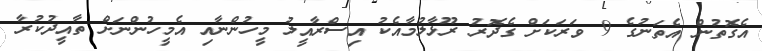
އެގޮތުން އެތަނުގެ 9 ވަރަކަށް ގެދޮރު ރޫޅާލުމާއެކު އިސްރާއީލު މީހުންނާއި އެމީހުންނަށް ތާއީދުކުރާ